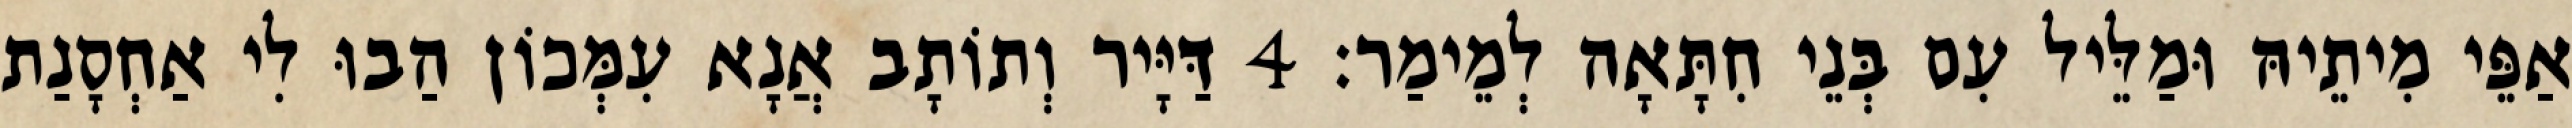
אַפֵּי מִיתֵיהּ וּמַלֵּיל עִם בְּנֵי חִתָּאָה לְמֵימַר׃ 4 דַּיָּיר וְתוֹתָב אֲנָא עִמְּכוֹן הַבוּ לִי אַחְסָנַת